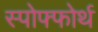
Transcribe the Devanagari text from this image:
स्पोफ्फोर्थ